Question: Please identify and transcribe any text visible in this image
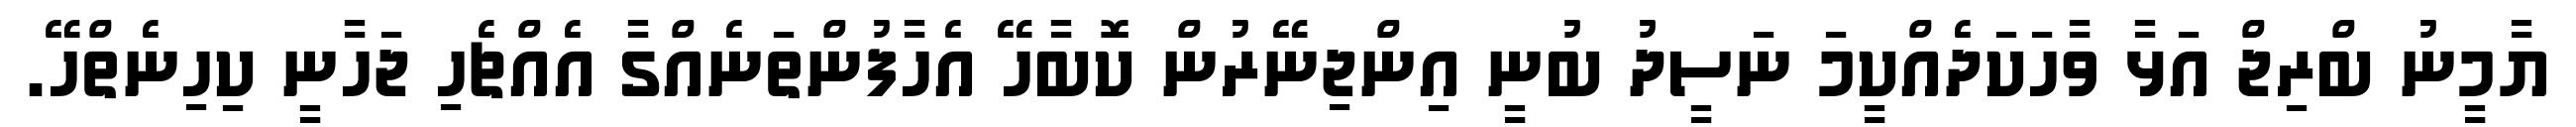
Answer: ޔާމީނު ބްރިޖް އަޅާ ވާހަކަދެއްކީމަ ނަސީދު ބުނީ އިންޖިނޭރުން ކޮބާހޭ އެހާފުންތަނެއްގާ އެއްޗެހި ޖަހާނީ ކިހިނެތްހޭ.